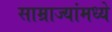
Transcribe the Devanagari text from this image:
साम्राज्यांमध्ये